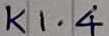
Text: K1.4